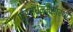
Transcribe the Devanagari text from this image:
पुरिसधम्मसारथी